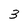
Character: 3